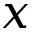
x